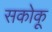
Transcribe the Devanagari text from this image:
सकोकू